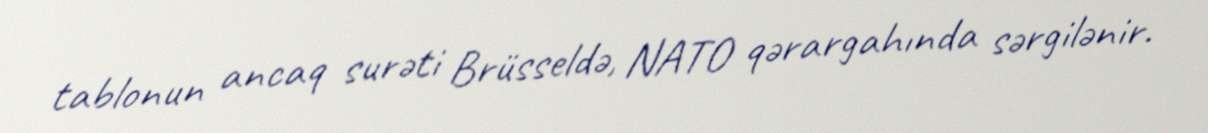
tablonun ancaq surəti Brüsseldə, NATO qərargahında sərgilənir.